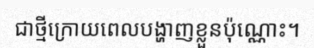
ជាថ្មីក្រោយពេលបង្ហាញខ្លួនប៉ុណ្ណោះ។